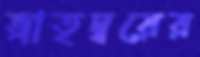
ভ্রাতৃদ্বয়ের